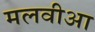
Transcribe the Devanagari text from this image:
मलवीआ